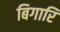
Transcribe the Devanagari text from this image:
बिगारि